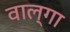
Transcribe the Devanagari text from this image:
वाल्गा